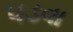
પડવા